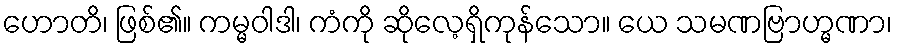
ဟောတိ၊ ဖြစ်၏။ ကမ္မဝါဒါ၊ ကံကို ဆိုလေ့ရှိကုန်သော။ ယေ သမဏဗြာဟ္မဏာ၊